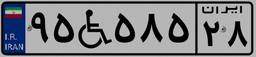
۹۵W۵۸۵۲۸